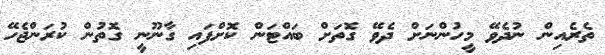
ތެރެއިން ނުދެވޭ މީހުންނަށް ދެވޭ ގޮތަށް ބައްޓަން ކޮށްފައި ގާނޫނީ ގޮތުން ކުރަންޖެހޭ